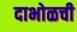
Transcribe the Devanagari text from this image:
दाभोळची